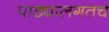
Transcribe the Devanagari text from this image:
पाड्यालगतच